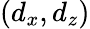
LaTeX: (d_{x},d_{z})